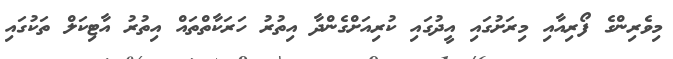
މިވެރިންގެ ފޯރިއާއި މިރަށުގައި އީދުގައި ކުރިއަށްގެންދާ އިތުރު ހަރަކާތްތައް އިތުރު އާޓިކަލް ތަކުގައި